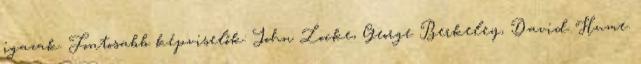
igazak. Fontosabb képviselők: John Locke, George Berkeley, David Hume.